Lunatic asylums in Bengal annual reports 1888-1898 - 1888-1898
Year: 1888
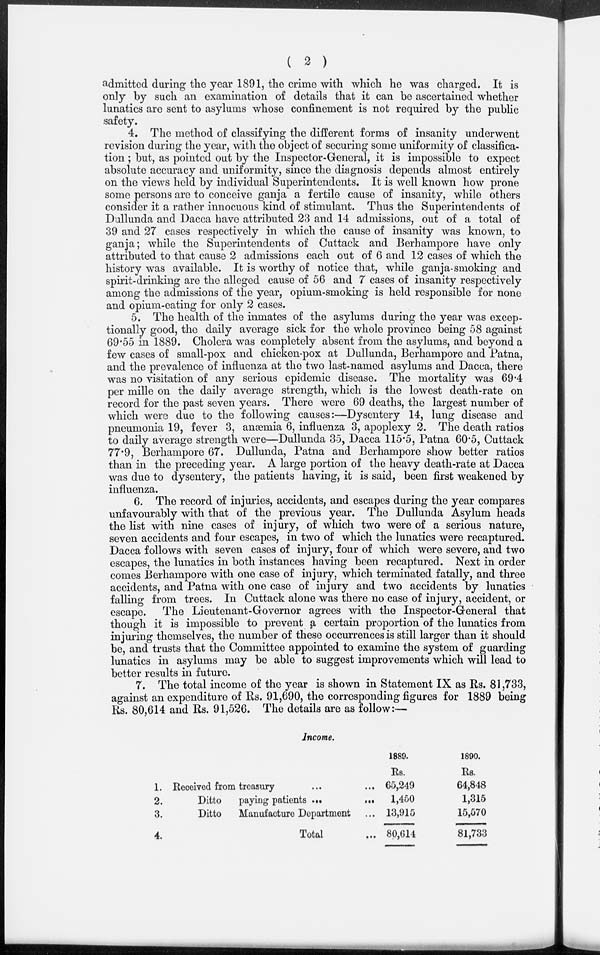
( 2 )
admitted during the year 1891, the crime with which he was charged. It is
only by such an examination of details that it can be ascertained whether
lunatics are sent to asylums whose confinement is not required by the public
safety.
4. The method of classifying the different forms of insanity underwent
revision during the year, with the object of securing some uniformity of classifica-
tion ; but, as pointed out by the Inspector-General, it is impossible to expect
absolute accuracy and uniformity, since the diagnosis depends almost entirely
on the views held by individual Superintendents. It is well known how prone
some persons are to conceive ganja a fertile cause of insanity, while others
consider it a rather innocuous kind of stimulant. Thus the Superintendents of
Dullunda and Dacca have attributed 23 and 14 admissions, out of a total of
39 and 27 cases respectively in which the cause of insanity was known, to
ganja; while the Superintendents of Cuttack and Berhampore have only
attributed to that cause 2 admissions each out of 6 and 12 cases of which the
history was available. It is worthy of notice that, while ganja-smoking and
spirit-drinking are the alleged cause of 56 and 7 cases of insanity respectively
among the admissions of the year, opium-smoking is held responsible for none
and opium-eating for only 2 cases.
5. The health of the inmates of the asylums during the year was excep-
tionally good, the daily average sick for the whole province being 58 against
69.55 in 1889. Cholera was completely absent from the asylums, and beyond a
few cases of small-pox and chicken-pox at Dullunda, Berhampore and Patna,
and the prevalence of influenza at the two last-named asylums and Dacca, there
was no visitation of any serious epidemic disease. The mortality was 69.4
per mille on the daily average strength, which is the lowest death-rate on
record for the past seven years. There were 69 deaths, the largest number of
which were due to the following causes:—Dysentery 14, lung disease and
pneumonia 19, fever 3, anæmia 6, influenza 3, apoplexy 2. The death ratios
to daily average strength were—Dullunda 35, Dacca 115.5, Patna 60.5, Cuttack
77.9, Berhampore 67. Dullunda, Patna and Berhampore show better ratios
than in the preceding year. A large portion of the heavy death-rate at Dacca
was due to dysentery, the patients having, it is said, been first weakened by
influenza.
6. The record of injuries, accidents, and escapes during the year compares
unfavourably with that of the previous year. The Dullunda Asylum heads
the list with nine cases of injury, of which two were of a serious nature,
seven accidents and four escapes, in two of which the lunatics were recaptured.
Dacca follows with seven cases of injury, four of which were severe, and two
escapes, the lunatics in both instances having been recaptured. Next in order
comes Berhampore with one case of injury, which terminated fatally, and three
accidents, and Patna with one case of injury and two accidents by lunatics
falling from trees. In Cuttack alone was there no case of injury, accident, or
escape. The Lieutenant-Governor agrees with the Inspector-General that
though it is impossible to prevent a certain proportion of the lunatics from
injuring themselves, the number of these occurrences is still larger than it should
be, and trusts that the Committee appointed to examine the system of guarding
lunatics in asylums may be able to suggest improvements which will lead to
better results in future.
7. The total income of the year is shown in Statement IX as Rs. 81,733,
against an expenditure of Rs. 91,690, the corresponding figures for 1889 being
Rs. 80,614 and Rs. 91,526. The details are as follow:—
Income.
1.
2.
3.
4.
Received from treasury ... ...
Ditto
paying patients
...
...
Ditto
Manufacture Department ...
Total ...
1889.
Rs.
65,249
1,450
13,915
80,614
1890.
Rs.
64,848
1,315
15,570
81,733